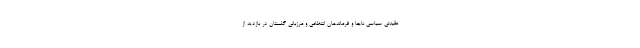
عقیدتی سیاسی ناجا و فرماندهان انتظامی و مرزبانی گلستان در بازدید از